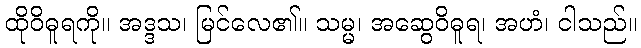
ထိုဝိဓူရကို။ အဒ္ဒသ၊ မြင်လေ၏။ သမ္မ၊ အဆွေဝိဓူရ၊ အဟံ၊ ငါသည်။